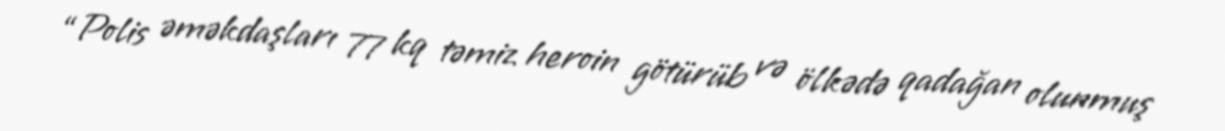
“Polis əməkdaşları 77 kq təmiz heroin götürüb və ölkədə qadağan olunmuş